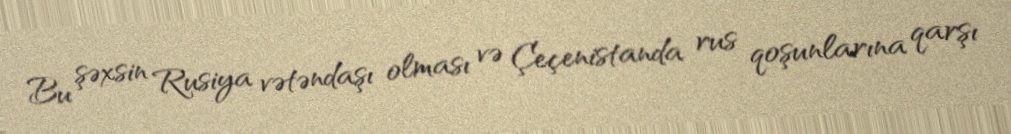
Bu şəxsin Rusiya vətəndaşı olması və Çeçenistanda rus qoşunlarına qarşı